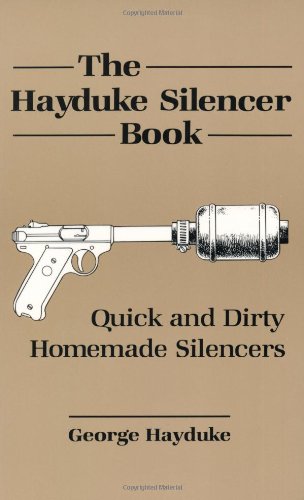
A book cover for The Hayduke Silencer Book; George Hayduke; Crafts, Hobbies & Home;